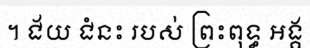
។ ជ័យ ជំនះ របស់ ព្រះពុទ្ធ ឣង្គ